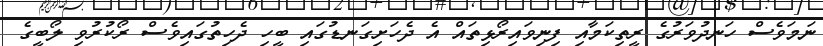
ނަމަވެސް ހަނދުވަރުގެ ރީތިކަމާއި ފިނިވައިރޯޅިތައް އެ ދެހަށިގަނޑުގައި ބީހި ދެހިތުގައިވެސް ރޯކުރުވި ލޯބީގެ